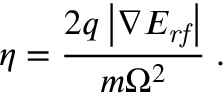
\eta = \frac { 2 q \left| \nabla E _ { \mathit { r f } } \right| } { m \Omega ^ { 2 } } \; .